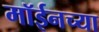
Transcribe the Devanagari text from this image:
मॉईनच्या